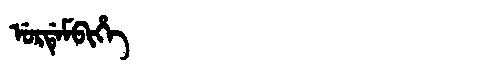
Manchu: ᡠᡵᡩᡝᠮᠪᡳᡥᡝ
Romanization: URDEMBIHE